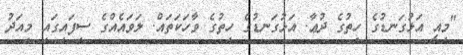
"މިއީ އަޅުގަނޑުގެ ހިތުގެ ދުޢާ. އަޅުގަނޑުގެ ހިތުގެ ވާހަކަތައް. ލަވައެއްގެ ސިފައިގައި މިއަދު